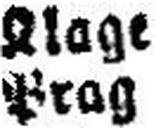
Prag